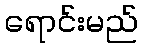
ရောင်းမည်